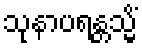
သုနာပရန္တသ္မိံ